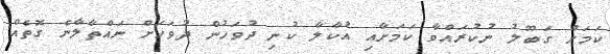
ކަމަށް ގަބޫލު ނުކުރައްވާ ކަމަށާއި އުކާލާ ކުނި ދުވަހުން ދުވަހަށް ނައްތާލާނެ ގޮތެއް